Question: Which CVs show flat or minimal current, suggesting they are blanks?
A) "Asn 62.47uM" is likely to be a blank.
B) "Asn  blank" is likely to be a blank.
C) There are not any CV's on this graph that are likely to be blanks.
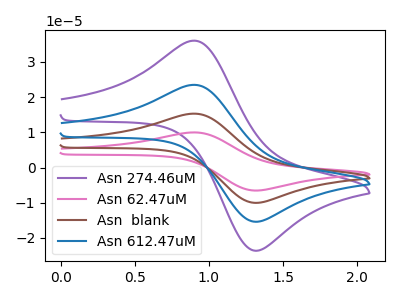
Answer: <think>The purple curve "Asn 274.46uM" has an anodic peak at (0.90V, 36.05uA) and a cathodic peak at (1.30V, -23.50uA). The pink curve "Asn 62.47uM" has an anodic peak at (0.90V, 70.50uA) and a cathodic peak at (1.30V, -45.95uA). The brown curve "Asn  blank" has an anodic peak at (0.90V, 47.00uA) and a cathodic peak at (1.30V, -30.65uA). The blue curve "Asn 612.47uM" has an anodic peak at (0.90V, 23.50uA) and a cathodic peak at (1.30V, -15.30uA).</think>
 <answer>C) There are not any CV's on this graph that are likely to be blanks.</answer>
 <eval>C</eval>